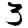
Digit: 3